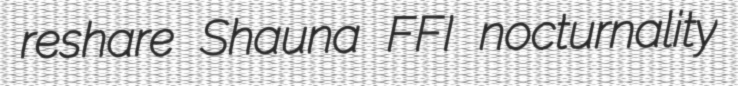
reshare Shauna FFI nocturnality